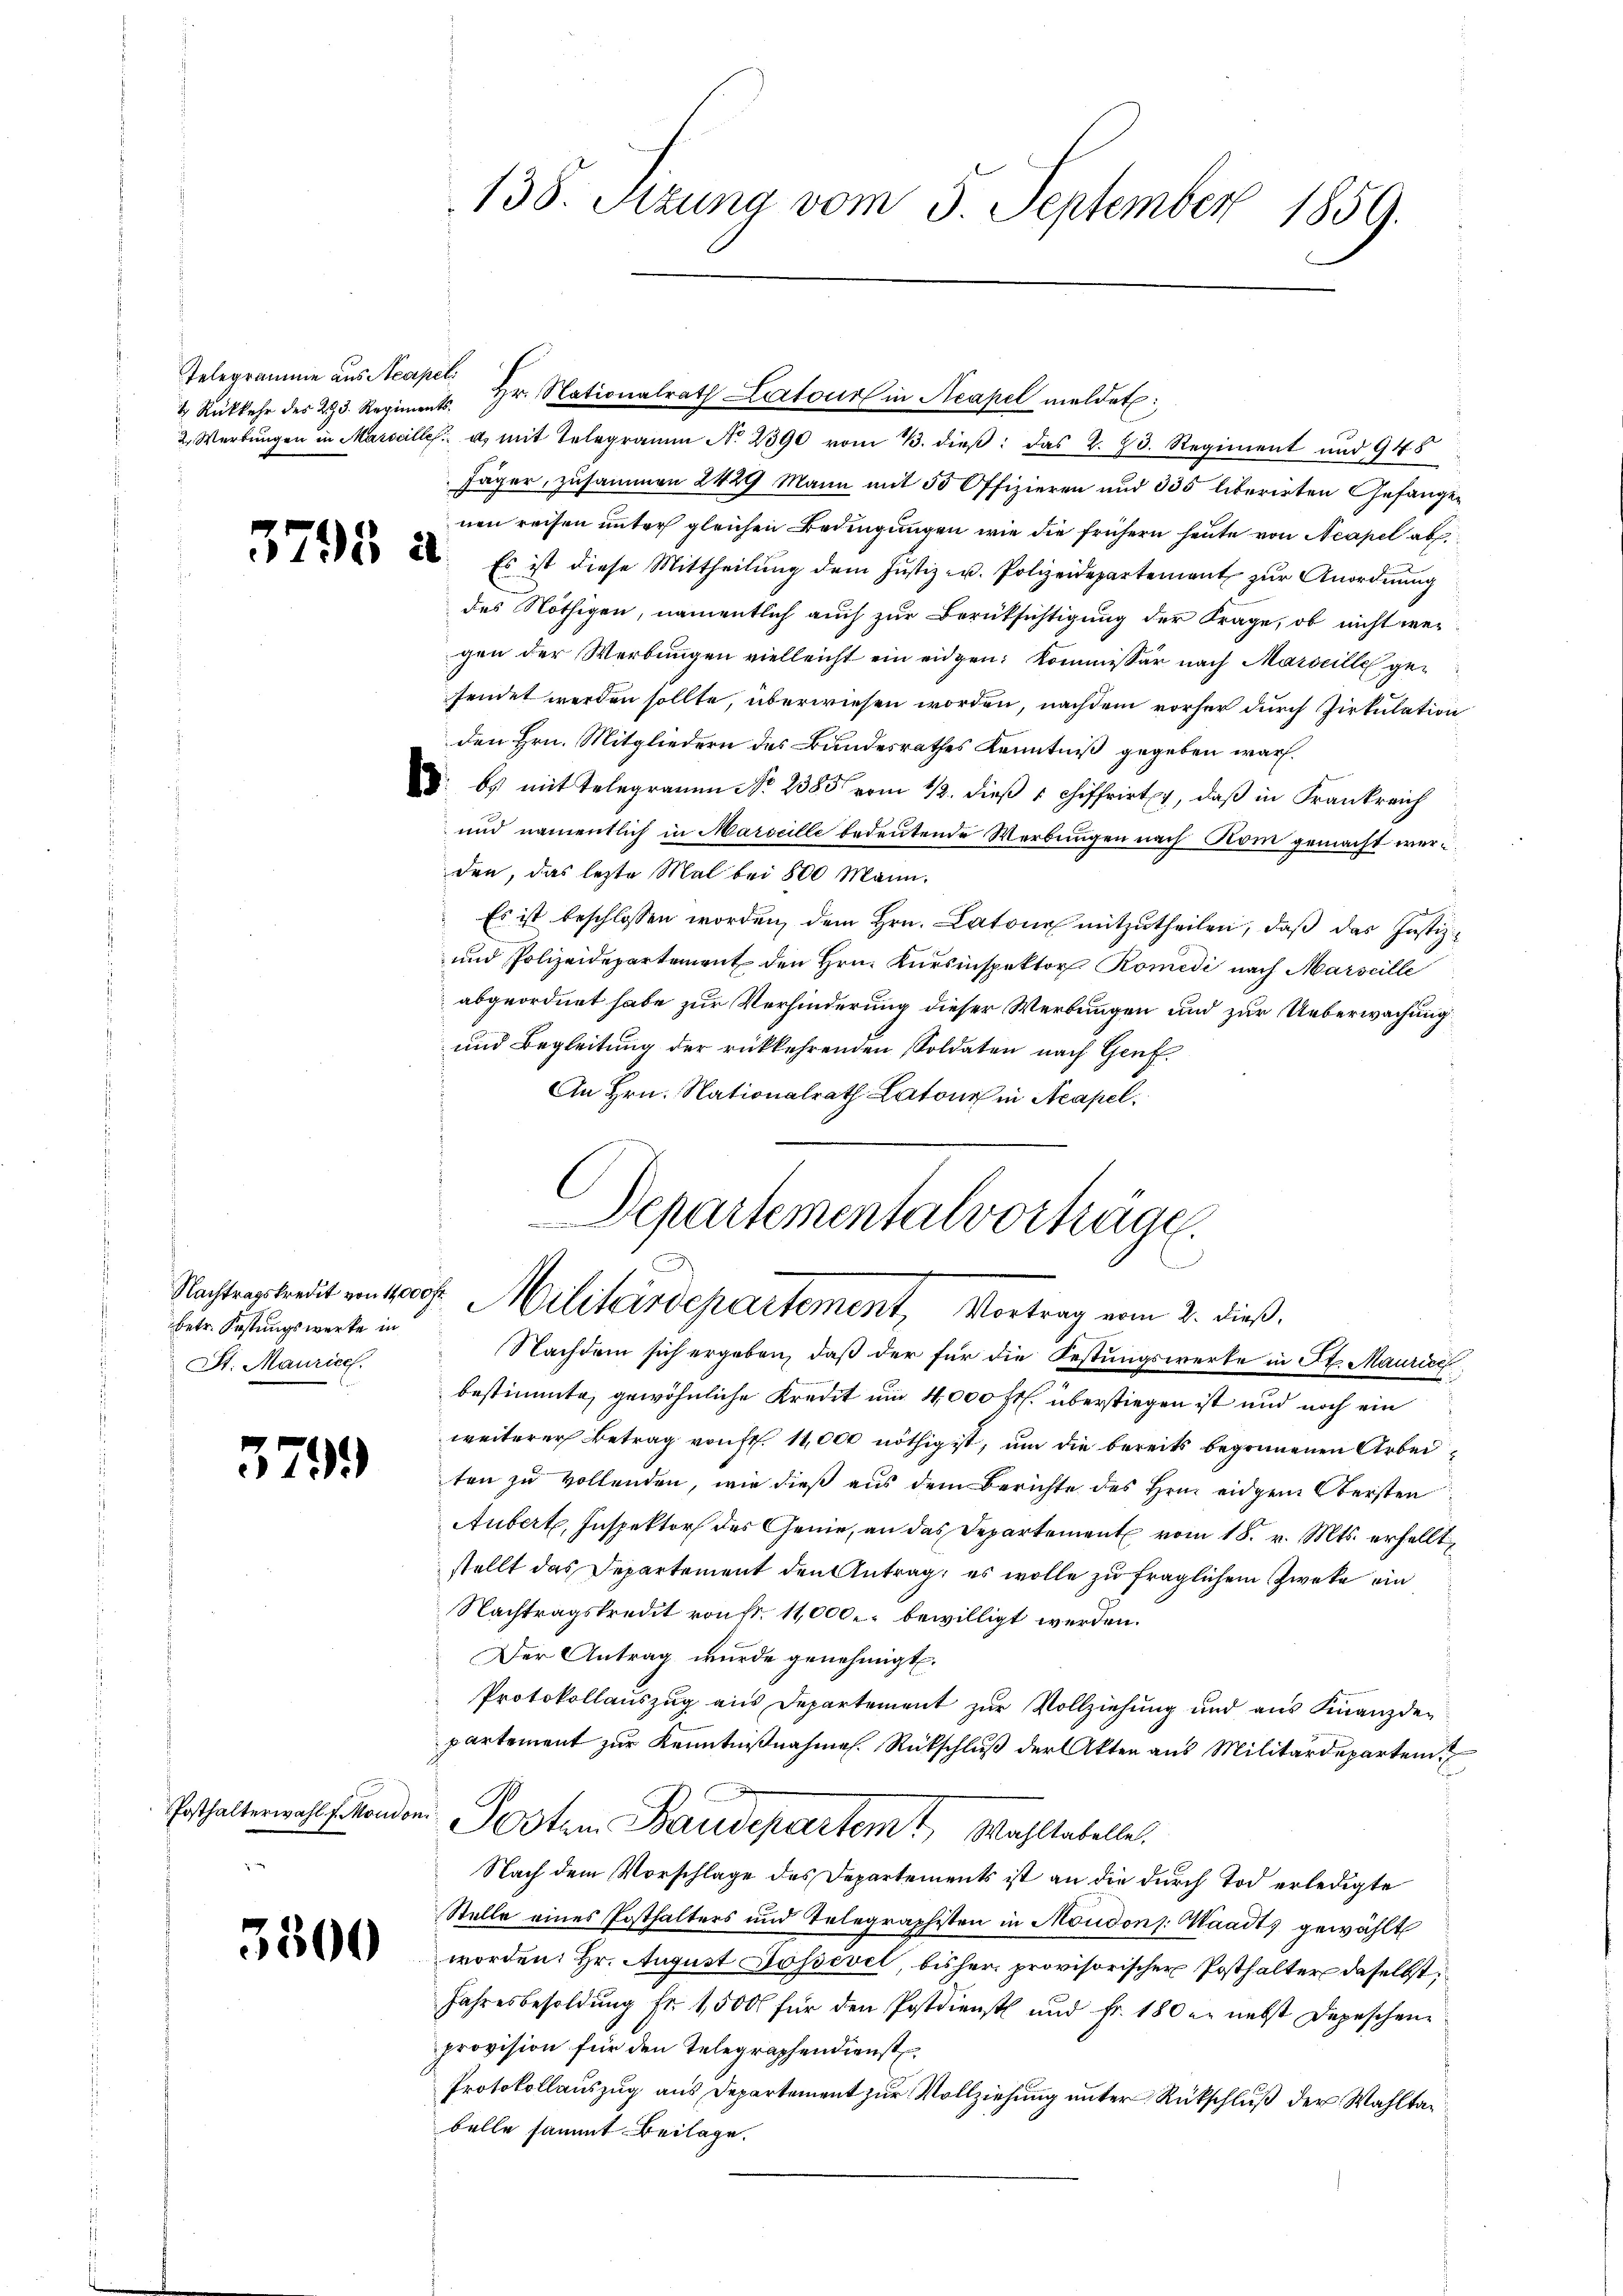
Telegramme aus Neapel

3799

Nachtragskredit von 14,000 fr.
betr. Kastungswerke in
St. Maurice.

2. Werbungen in Marseille u. mit Telegramm No 2390 vom 3. dieβ: das Z. 23. Regiment und 948
Jäger, zusammen 2429 Mann mit 50 Offizieren und 335 liberirten Gefangenen reisen unter gleichen Bedingungen wie die frühern heute von Neapel ab
 22. Es ist diese Mittheilŭng dem Justiz u. Polizeidepartement zŭr Anordnŭng
des Nöthigen, namentlich auch zur Berüksichtigung der Frage, ob nicht wegen der Werbungen vielleicht ein eidgen: Kommissär nach Marseille gefendet werden sollte, überwiesen worden, nachdem vorher durch Zirkulation
den Hrn. Mitgliedern des Bundesrathes Kenntniß gegeben war.
d. es mit Telegramm No. 2385 vom 12. dieβ u chiffrirt, daβ in Frankreich
und namentlich in Marscille bedeutende Werbungen nach Rom gemacht werd.
den, das lezte Mal bei 500 Mann.
Es ist beschlossen worden, dem Hrn. Latour mitzutheilen, daß das Justiz-
und Polizeidepartement den Hrn. Kursinspektor Romedi nach Marseille
abgeordnet habe zur Verhinderung dieser Werbungen und zur Ueberwachung
und Begleitung der rückkehrenden Soldaten nach Genf.
An Hrn. Nationalrath Latone in Acapel.

Posthalterwahl f. Moudon.

3500

138. Sitzung vom 5. September 1859.

4 Rückkehr des 23. Regiments. Hr. Nationalrath Lartour in Acapel meldet:

Departementalvorträge.
Militärdepartement, Vortrag vom 2. dieß.
Nachdem sich ergeben, daß der für die Festungswerke in St. Maurici

bestimmte, gewöhnliche Kredet um 4,000 Fr. überstiegen ist und noch ein
weiterer Betrag von fr. 11,000 nöthig ist, um die bereits begonnenen Arbeiten zu vollenden, wie dieß aus dem Berichte des Hrn. eidgem Obersten
Aubert, Inspektor des Genie, an das Departement vom 18. v. Mts. erhellt,
stellt das Departement den Antrag, es wolle zu fraglichem Zweke ein
Nachtragskredit von fr. 11,000 bewilligt werden.
Der Antrag wurde genehmigt.
Protokollauszug aus Departement zur Vollziehung und aus Finanzdepartement zur Kenntnißnahme. Rückschluß der Akten aus Militärdepartem
Posten Baudepartemt, Wahltabelle.
Nach dem Vorschlage des Departements ist an die durch Tod erledigte
Stelle eines Posthalters und Telegraphisten in Moudons. Waadt, gewählt
worden: Hr. August Gossevil, bisher provisorischer Posthalter daselbst
Jahresbesoldung fr. 1,500 für den Postdienst und Fr. 180 u. nebst Depeschene
provision für den Telegraphendienst
Protokollauszug aus Departement zur Vollziehung unter Rückschluß der Wahltag
belle sammt Beilage.